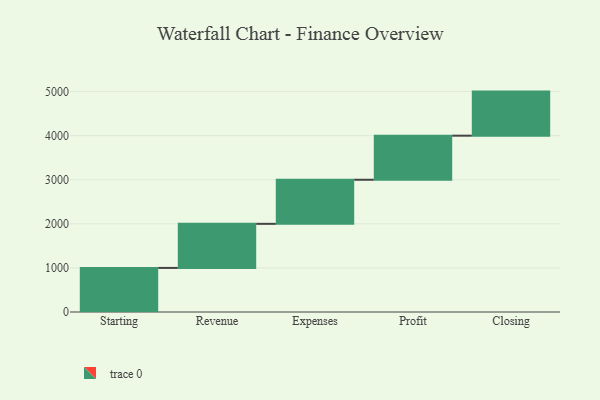
{"axis": {"x": "Step", "y": "Value"}, "legend": [""], "data": [{"x": "Starting", "y": 1000, "type": ""}, {"x": "Revenue", "y": 1000, "type": ""}, {"x": "Expenses", "y": 1000, "type": ""}, {"x": "Profit", "y": 1000, "type": ""}, {"x": "Closing", "y": 1000, "type": ""}]}